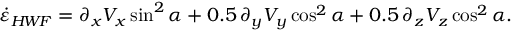
\dot { \varepsilon } _ { H \! W \! F } = \partial _ { x } V _ { x } \sin ^ { 2 } \alpha + 0 . 5 \, \partial _ { y } V _ { y } \cos ^ { 2 } \alpha + 0 . 5 \, \partial _ { z } V _ { z } \cos ^ { 2 } \alpha .